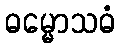
ဓမ္မောသဓံ